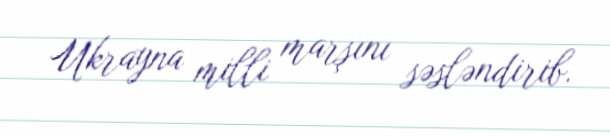
Ukrayna milli marşını səsləndirib.